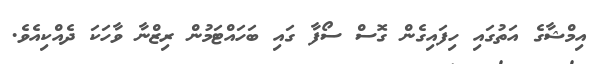
އިމްޝާގެ އަތުގައި ހިފައިގެން ގޮސް ސޯފާ ގައި ބަހައްޓަމުން ރިޒްނާ ވާހަކަ ދެއްކިއެވެ.